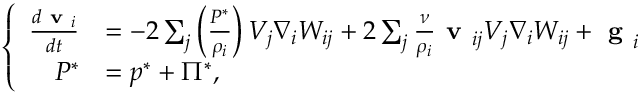
\left\{ \begin{array} { r l } { \frac { d \textbf { v } _ { i } } { d t } } & { = - 2 \sum _ { j } \left( \frac { { P } ^ { * } } { \rho _ { i } } \right) V _ { j } \nabla _ { i } W _ { i j } + 2 \sum _ { j } \frac { \nu } { \rho _ { i } } \textbf { v } _ { i j } V _ { j } \nabla _ { i } W _ { i j } + \textbf { g } _ { i } } \\ { { P } ^ { * } } & { = { p } ^ { * } + { \Pi } ^ { * } , } \end{array} \right.